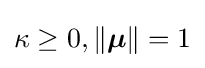
\kappa \geq 0,\left\Vert {\boldsymbol {\mu }}\right\Vert =1